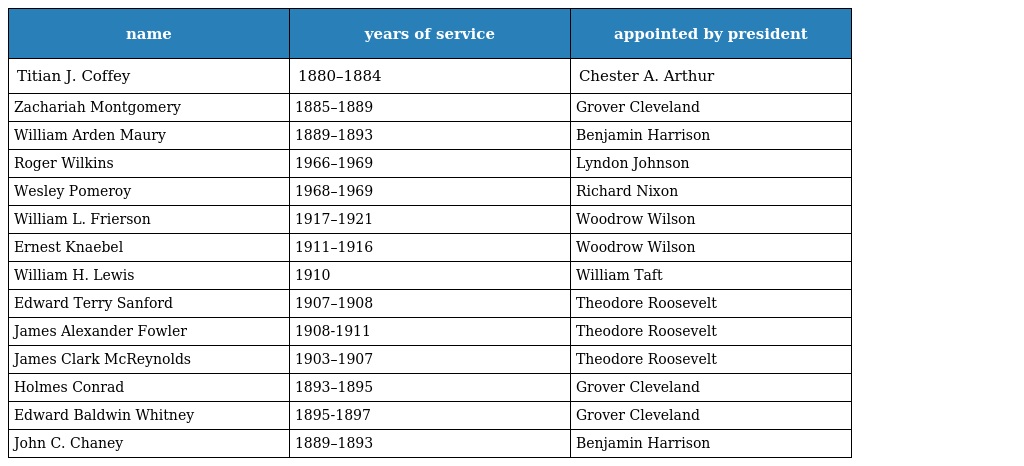
| name | years of service | appointed by president |
 | --- | --- | --- |
 | Titian J. Coffey | 1880–1884 | Chester A. Arthur |
 | Zachariah Montgomery | 1885–1889 | Grover Cleveland |
 | William Arden Maury | 1889–1893 | Benjamin Harrison |
 | Roger Wilkins | 1966–1969 | Lyndon Johnson |
 | Wesley Pomeroy | 1968–1969 | Richard Nixon |
 | William L. Frierson | 1917–1921 | Woodrow Wilson |
 | Ernest Knaebel | 1911–1916 | Woodrow Wilson |
 | William H. Lewis | 1910 | William Taft |
 | Edward Terry Sanford | 1907–1908 | Theodore Roosevelt |
 | James Alexander Fowler | 1908-1911 | Theodore Roosevelt |
 | James Clark McReynolds | 1903–1907 | Theodore Roosevelt |
 | Holmes Conrad | 1893–1895 | Grover Cleveland |
 | Edward Baldwin Whitney | 1895-1897 | Grover Cleveland |
 | John C. Chaney | 1889–1893 | Benjamin Harrison |